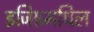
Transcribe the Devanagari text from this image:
इजिप्तमधिल